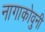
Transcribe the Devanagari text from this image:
नागाकोवुनी